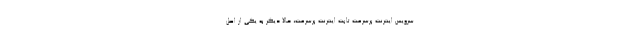
سرویس اینترنت پرسرعت ثابت اینترنت پرسرعت، حالا دیگر به یکی از اصل